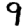
Digit: 9